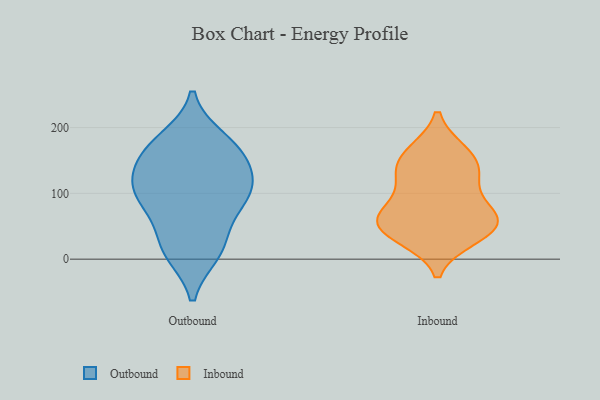
{"axis": {"x": "Customer Acquisition Cost (USD)", "y": "Value"}, "legend": ["Inbound", "Outbound"], "data": [{"x": "", "y": 89, "type": "Outbound"}, {"x": "", "y": 115, "type": "Outbound"}, {"x": "", "y": 102, "type": "Outbound"}, {"x": "", "y": 152, "type": "Outbound"}, {"x": "", "y": 96, "type": "Outbound"}, {"x": "", "y": 182, "type": "Outbound"}, {"x": "", "y": 21, "type": "Outbound"}, {"x": "", "y": 111, "type": "Outbound"}, {"x": "", "y": 65, "type": "Outbound"}, {"x": "", "y": 10, "type": "Outbound"}, {"x": "", "y": 165, "type": "Outbound"}, {"x": "", "y": 15, "type": "Outbound"}, {"x": "", "y": 174, "type": "Outbound"}, {"x": "", "y": 141, "type": "Outbound"}, {"x": "", "y": 58, "type": "Inbound"}, {"x": "", "y": 72, "type": "Inbound"}, {"x": "", "y": 133, "type": "Inbound"}, {"x": "", "y": 115, "type": "Inbound"}, {"x": "", "y": 162, "type": "Inbound"}, {"x": "", "y": 161, "type": "Inbound"}, {"x": "", "y": 44, "type": "Inbound"}, {"x": "", "y": 135, "type": "Inbound"}, {"x": "", "y": 62, "type": "Inbound"}, {"x": "", "y": 34, "type": "Inbound"}, {"x": "", "y": 41, "type": "Inbound"}, {"x": "", "y": 70, "type": "Inbound"}]}